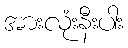
အားလုံးနီးပါး